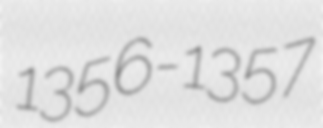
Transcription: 1356-1357